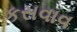
કસવાવ